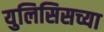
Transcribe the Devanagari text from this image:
युलिसिसच्या